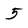
Character: 5